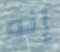
إنه